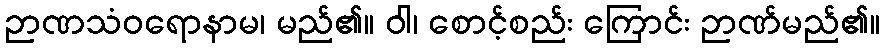
ဉာဏသံဝရောနာမ၊ မည်၏။ ဝါ၊ စောင့်စည်း ကြောင်း ဉာဏ်မည်၏။